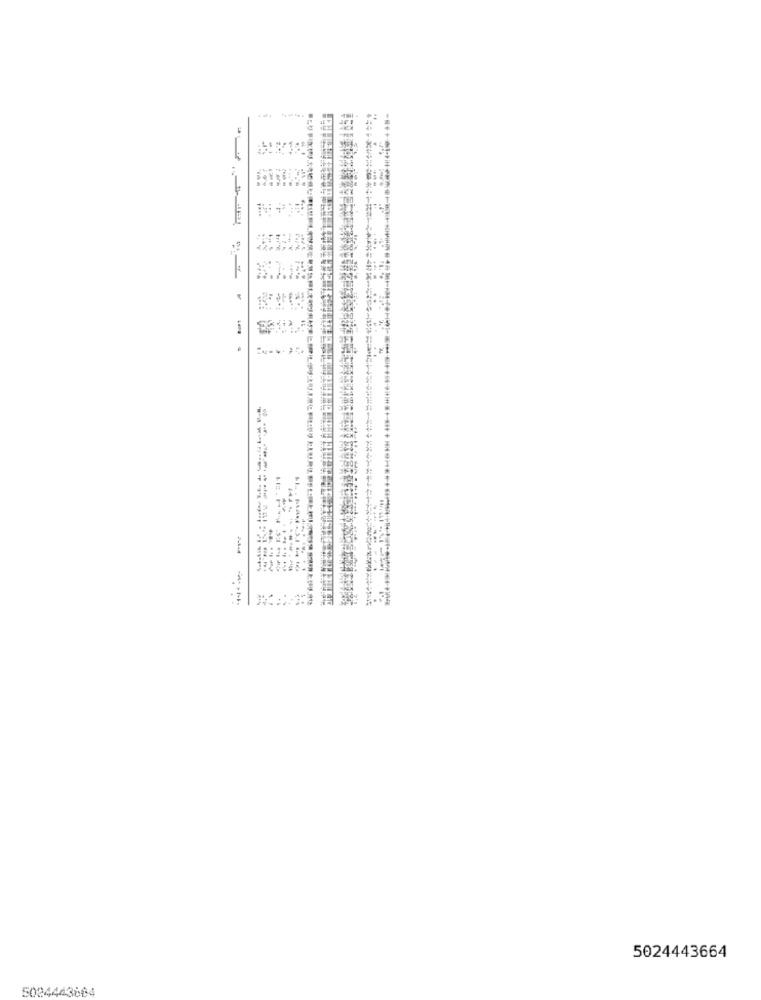
للشفى عنـاه
. .
Saria
5024443664
5024443604